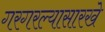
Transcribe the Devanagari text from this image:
गरगरल्यासारखे